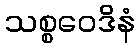
သစ္စဝေဒိနံ